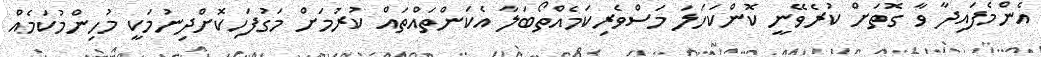
އެންމެފައިދާ ވާ ގޮތަށް ކުރެވޭނީ ކޮންކަހަލަ މަސްވެރިކަމެއްތޯބަލާ އެކަންތައްތައް ކުރުމަށް މަގުފަހިކޮށްދިނުމަކީ މުހިންމުކަމެއް